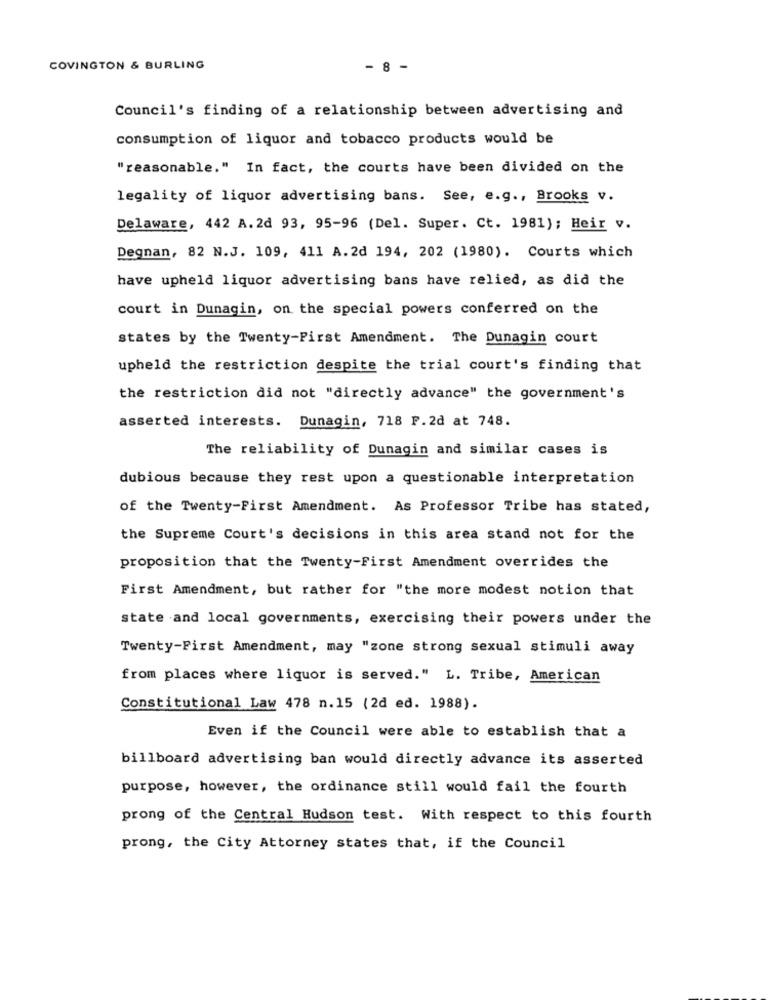
COVINGTON & BURLING
- 8 -
Council's finding of a relationship between advertising and
consumption of liquor and tobacco products would be
"reasonable." In fact, the courts have been divided on the
legality of liquor advertising bans. See, e.g ., Brooks v.
Delaware, 442 A.2d 93, 95-96 (Del. Super. Ct. 1981); Heir v.
Degnan, 82 N.J. 109, 411 A.2d 194, 202 (1980). Courts which
have upheld liquor advertising bans have relied, as did the
court in Dunagin, on the special powers conferred on the
states by the Twenty-First Amendment. The Dunagin court
upheld the restriction despite the trial court's finding that
the restriction did not "directly advance" the government's
asserted interests. Dunagin, 718 F.2d at 748.
The reliability of Dunagin and similar cases is
dubious because they rest upon a questionable interpretation
of the Twenty-First Amendment. As Professor Tribe has stated,
the Supreme Court's decisions in this area stand not for the
proposition that the Twenty-First Amendment overrides the
First Amendment, but rather for "the more modest notion that
state and local governments, exercising their powers under the
Twenty-First Amendment, may "zone strong sexual stimuli away
from places where liquor is served." L. Tribe, American
Constitutional Law 478 n.15 (2d ed. 1988).
Even if the Council were able to establish that a
billboard advertising ban would directly advance its asserted
purpose, however, the ordinance still would fail the fourth
prong of the Central Hudson test. With respect to this fourth
prong, the City Attorney states that, if the Council